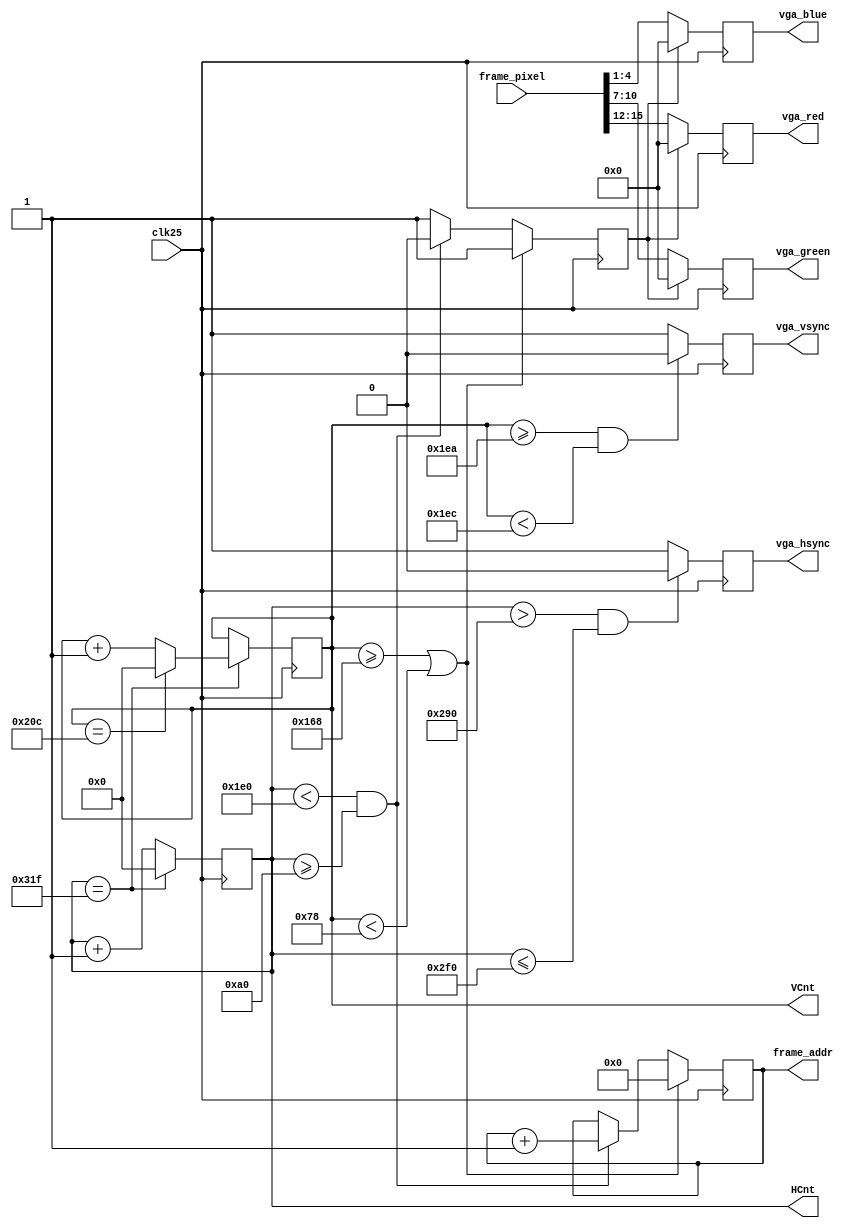
`timescale 1ns / 1ps
//////////////////////////////////////////////////////////////////////////////////
// Company: 
// Engineer: 
// 
// Design Name: 
// Module Name: vga
// Project Name: 
// Target Devices: 
// Tool Versions: 
// Description: 
// 
// Dependencies: 
// 
// Revision:
// Revision 0.01 - File Created
// Additional Comments:
// 
//////////////////////////////////////////////////////////////////////////////////


module vga(
input clk25,
output reg[3:0] vga_red,
output reg[3:0] vga_green,
output reg[3:0] vga_blue,
output reg vga_hsync,
output reg vga_vsync,
output [9:0] HCnt,
output [9:0] VCnt,

output [16:0] frame_addr,
input [15:0] frame_pixel
    );
    //Timing constants
      parameter hRez   = 640;
      parameter hStartSync   = 640+16;
      parameter hEndSync     = 640+16+96;
      parameter hMaxCount    = 800;
    
      parameter vRez         = 480;
      parameter vStartSync   = 480+10;
      parameter vEndSync     = 480+10+2;
      parameter vMaxCount    = 480+10+2+33;
    
    parameter hsync_active   =0;
    parameter vsync_active  = 0;
    reg[9:0] hCounter;
    reg[9:0] vCounter;    
    reg[16:0] address;  
    reg blank;
   initial   hCounter = 10'b0;
   initial   vCounter = 10'b0;  
   initial   address = 17'b0;   
   initial   blank = 1'b1;    
   
   assign frame_addr = address;
   assign HCnt = hCounter;
   assign VCnt = vCounter;
   
   always@(posedge clk25)begin
            if( hCounter == hMaxCount-1 )begin
   				hCounter <=  10'b0;
   				if (vCounter == vMaxCount-1 )
   					vCounter <=  10'b0;
   				else
   					vCounter <= vCounter+1;
   				end
   			else
   				hCounter <= hCounter+1;
   
   			if (blank ==0) begin
   				vga_red   <= frame_pixel[15:12];
   				vga_green <= frame_pixel[10:7];
   				vga_blue  <= frame_pixel[4:1];
   				end
   			else begin
   				vga_red   <= 4'b0;
   				vga_green <= 4'b0;
   				vga_blue  <= 4'b0;
   			     end;
   	
   			if(  vCounter  >= 360 || vCounter  < 120) begin
   				address <= 17'b0; 
   				blank <= 1;
   				end
   			else begin
   				if ( hCounter  < 480 && hCounter  >= 160) begin
   					blank <= 0;
   					address <= address+1;
   					end
   				else
   					blank <= 1;
   				end;
   	
   			// Are we in the hSync pulse? (one has been added to include frame_buffer_latency)
   			if( hCounter > hStartSync && hCounter <= hEndSync)
   				vga_hsync <= hsync_active;
   			else
   				vga_hsync <= ~ hsync_active;
   			
   
   			// Are we in the vSync pulse?
   			if( vCounter >= vStartSync && vCounter < vEndSync )
   				vga_vsync <= vsync_active;
   			else
   				vga_vsync <= ~ vsync_active;
   end 
endmodule
/*
module vga(
input clk25,
output reg[3:0] vga_red,
output reg[3:0] vga_green,
output reg[3:0] vga_blue,
output reg vga_hsync,
output reg vga_vsync,
output [9:0] HCnt,
output [9:0] VCnt,

output [16:0] frame_addr,
input [11:0] frame_pixel
    );
    //Timing constants
      parameter hRez   = 640;
      parameter hStartSync   = 640+16;
      parameter hEndSync     = 640+16+96;
      parameter hMaxCount    = 800;
    
      parameter vRez         = 480;
      parameter vStartSync   = 480+10;
      parameter vEndSync     = 480+10+2;
      parameter vMaxCount    = 480+10+2+33;
    
    parameter hsync_active   =0;
    parameter vsync_active  = 0;
    reg[9:0] hCounter;
    reg[9:0] vCounter;    
    reg[9:0] VCNT,HCNT;       
    reg[16:0] address;  
    reg blank;
   initial   hCounter = 10'b0;
   initial   vCounter = 10'b0;  
    initial   HCNT = 10'b0;
   initial   VCNT = 10'b0;   
   initial   address = 19'b0;   
   initial   blank = 1'b1;    
   
   assign frame_addr = address;
//   assign HCnt = hCounter;
//   assign VCnt = vCounter;
    assign HCnt = HCNT;
   assign VCnt = VCNT;  
   always@(posedge clk25)begin
            if( hCounter == hMaxCount-1 )begin
   				hCounter <=  10'b0;
   				if (vCounter == vMaxCount-1 )
   					vCounter <=  10'b0;
   				else
   					vCounter <= vCounter+1;
   				end
   			else
   				hCounter <= hCounter+1;
   
   			if (blank ==0) begin
   				vga_red   <= frame_pixel[11:8];
   				vga_green <= frame_pixel[7:4];
   				vga_blue  <= frame_pixel[3:0];
   				end
   			else begin
   				vga_red   <= 4'b0;
   				vga_green <= 4'b0;
   				vga_blue  <= 4'b0;
   			     end;
   	
   			if(vCounter  >= vRez) begin
   		//		address <= 19'b0; 
   				blank <= 1;
   				end
   			else begin
   				if (hCounter  < 640) begin
   					blank <= 0;
   		//			address <= address+1;
   					end
   				else
   					blank <= 1;
   				end;
   	
   			// Are we in the hSync pulse? (one has been added to include frame_buffer_latency)
   			if( hCounter > hStartSync && hCounter <= hEndSync)
   				vga_hsync <= hsync_active;
   			else
   				vga_hsync <= ~ hsync_active;
   			
   
   			// Are we in the vSync pulse?
   			if( vCounter >= vStartSync && vCounter < vEndSync )
   				vga_vsync <= vsync_active;
   			else
   				vga_vsync <= ~ vsync_active;
   end 
   
always@(posedge vga_hsync)begin
     if(vga_vsync == 1)
        if(VCNT>524)
        VCNT <=0;
        else
        VCNT <= VCNT +1;
     else
         VCNT <= 492;
 end        
 
always@(posedge clk25)begin
   if(vga_hsync == 1)
      if(HCNT>799)
      HCNT <=0;
      else
      HCNT <= HCNT +1;
   else
       HCNT <= 753;
end  
        
 always@(posedge clk25)begin
  if(VCNT  >= 360 || VCNT  < 120) begin
    				address <= 17'b0; 
    				end
    			else begin
    				if (HCNT  < 480 && HCNT  >= 160) begin
    					address <= address+1;
    					end		
    				end;
 end       
endmodule*/